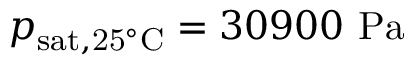
p _ { \mathrm { s a t , 2 5 ^ { \circ } C } } = 3 0 9 0 0 \ \mathrm { P a }